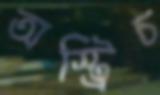
অস্ট্রিচ